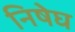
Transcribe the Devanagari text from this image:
निषेघ